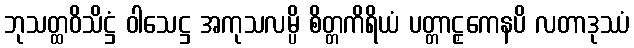
ဘုသတ္ထဝိသိဋ္ဌံ ဝါသေဋ္ဌ အကုသလမ္ပိ စိတ္တကိရိယံ ပတ္တာဠှကေနပိ လတာဒုဿံ